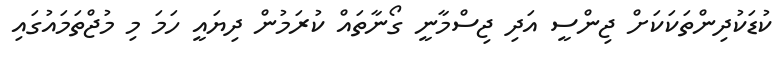
ކުޑަކުދިންތަކަކަށް ޖިންސީ އަދި ޖިސްމާނީ ގޯނާތައް ކުރަމުން ދިޔައީ ހަމަ މި މުޖްތަމައުގައި